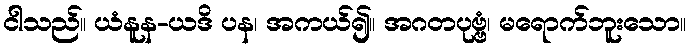
ငါသည်။ ယံနူန-ယဒိ ပန၊ အကယ်၍။ အဂတပုဗ္ဗံ၊ မရောက်ဘူးသော။